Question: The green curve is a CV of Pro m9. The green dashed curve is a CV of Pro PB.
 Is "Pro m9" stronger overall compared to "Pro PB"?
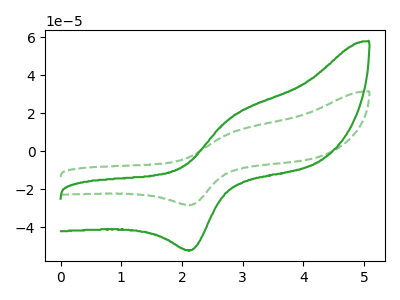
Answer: <think>The green curve "Pro m9" has an anodic peak at (2.80V, 17.90uA) and a cathodic peak at (2.15V, -52.05uA). The green dashed curve "Pro PB" has an anodic peak at (2.80V, 9.75uA) and a cathodic peak at (2.15V, -28.30uA).
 All the peaks in "Pro m9" have a peak in "Pro PB" at the same potential. Every peak in "Pro m9" is higher than every peak in "Pro PB".</think>
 <answer>"Pro m9" has more signal than "Pro PB".</answer>
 <eval>more_signal</eval>